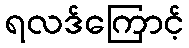
ရလဒ်ကြောင့်